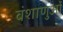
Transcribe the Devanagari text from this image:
वंशाणुओं